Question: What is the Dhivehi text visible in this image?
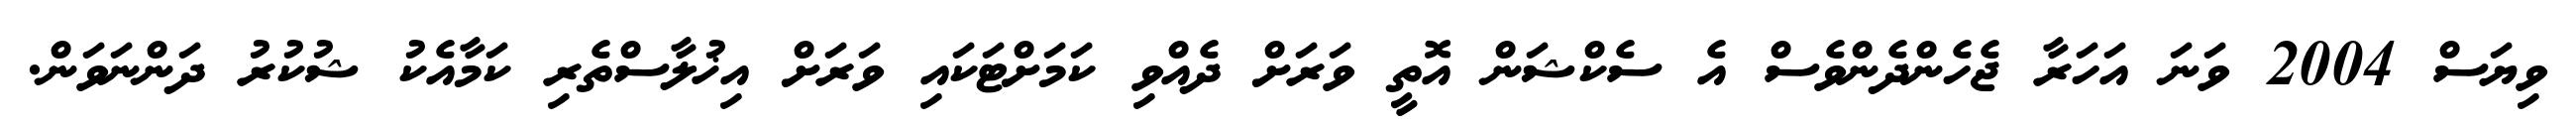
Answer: ވިޔަސް 2004 ވަނަ އަހަރާ ޖެހެންދެންވެސް އެ ސެކްޝަން އޮތީ ވަރަށް ދެއްވި ކަމަށްޓަކައި ވަރަށް އިޚުލާސްތެރި ކަމާއެކު ޝުކުރު ދަންނަވަން.